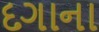
દગાના